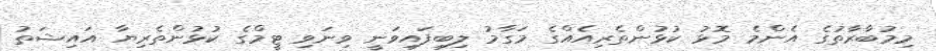
މިމުބާރާތުގެ އެންމެ މޮޅު ކުޅުންތެރިއެއްގެ މަގާމު ލިބިފައިވަނީ ވިނަވި ޓީމްގެ ކުޅުންތެރިޔާ އައިޝަތު